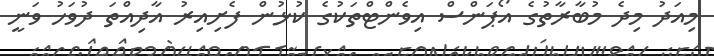
މިއަދު މިދެ މުބާރާތުގެ އޯޕަންސް އިވެންޓްތަކުގެ ކުޅުން ފެށިއިރު އާދިއްތަ ދުވަހު ވަނީ